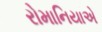
રોમાનિયાએ